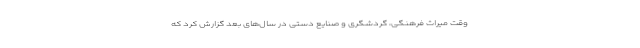
وقت میراث فرهنگی، گردشگری و صنایع دستی در سال‌های بعد گزارش کرد که